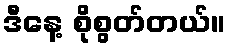
ဒီနေ့ စိုစွတ်တယ်။